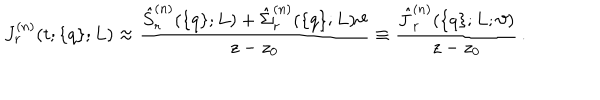
LaTeX: J _ { r } ^ { ( n ) } ( t ; \{ q \} ; L ) \approx \frac { \hat { S } _ { r } ^ { ( n ) } ( \{ q \} ; L ) + \hat { \Sigma } _ { r } ^ { ( n ) } ( \{ q \} ; L ) \vartheta } { z - z _ { 0 } } \equiv \frac { \hat { J } _ { r } ^ { ( n ) } ( \{ q \} ; L ; \vartheta ) } { z - z _ { 0 } } \, .